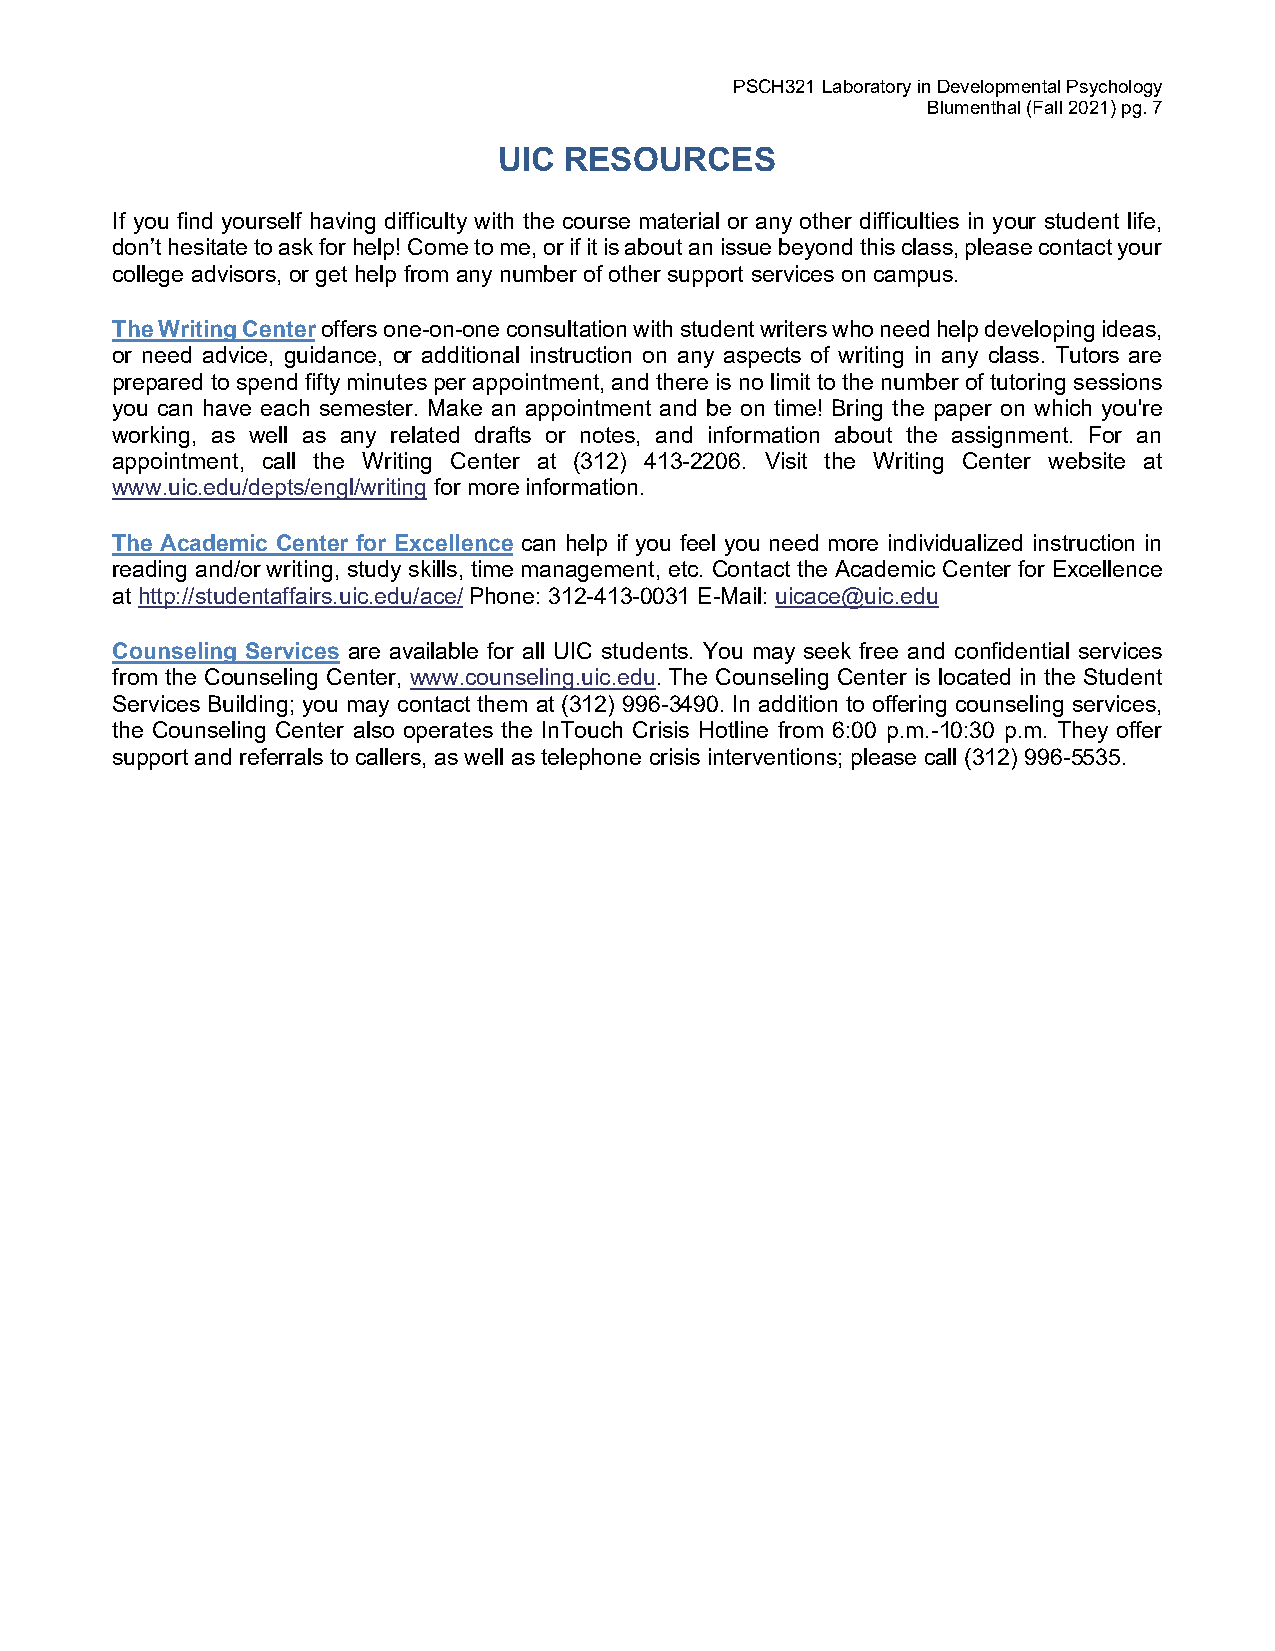
PSCH321 Laboratory in Developmental Psychology
 Blumenthal (Fall 2021) pg. 7
 UIC RESOURCES
 If you find yourself having difficulty with the course material or any other difficulties in your student life,
 don’t hesitate to ask for help! Come to me, or if it is about an issue beyond this class, please contact your
 college advisors, or get help from any number of other support services on campus.
 The Writing Center offers one-on-one consultation with student writers who need help developing ideas,
 or need advice, guidance, or additional instruction on any aspects of writing in any class. Tutors are
 prepared to spend fifty minutes per appointment, and there is no limit to the number of tutoring sessions
 you can have each semester. Make an appointment and be on time! Bring the paper on which you're
 working, as well as any related drafts or notes, and information about the assignment. For an
 appointment, call the Writing Center at (312) 413-2206. Visit the Writing Center website at
 www.uic.edu/depts/engl/writing for more information.
 The Academic Center for Excellence can help if you feel you need more individualized instruction in
 reading and/or writing, study skills, time management, etc. Contact the Academic Center for Excellence
 at http://studentaffairs.uic.edu/ace/ Phone: 312-413-0031 E-Mail: uicace@uic.edu
 Counseling Services are available for all UIC students. You may seek free and confidential services
 from the Counseling Center, www.counseling.uic.edu. The Counseling Center is located in the Student
 Services Building; you may contact them at (312) 996-3490. In addition to offering counseling services,
 the Counseling Center also operates the InTouch Crisis Hotline from 6:00 p.m.-10:30 p.m. They offer
 support and referrals to callers, as well as telephone crisis interventions; please call (312) 996-5535.